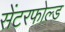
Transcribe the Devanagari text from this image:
सेंटरफोल्ड